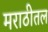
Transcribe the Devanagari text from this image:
मराठीतल